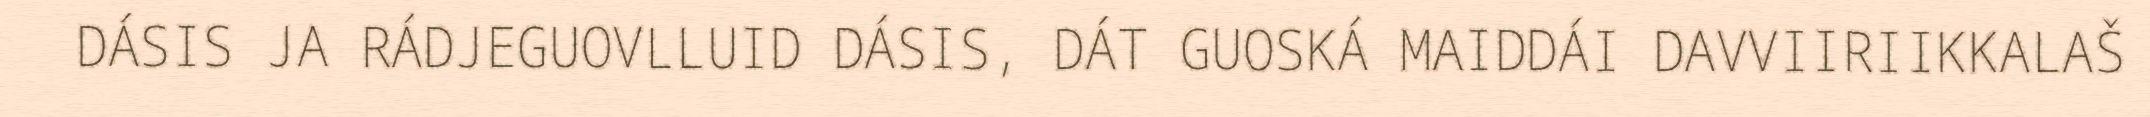
DÁSIS JA RÁDJEGUOVLLUID DÁSIS, DÁT GUOSKÁ MAIDDÁI DAVVIIRIIKKALAŠ